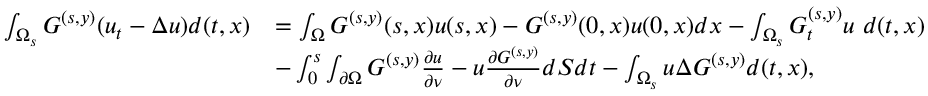
\begin{array} { r l } { \int _ { \Omega _ { s } } G ^ { ( s , y ) } ( u _ { t } - \Delta u ) d ( t , x ) } & { = \int _ { \Omega } G ^ { ( s , y ) } ( s , x ) u ( s , x ) - G ^ { ( s , y ) } ( 0 , x ) u ( 0 , x ) d x - \int _ { \Omega _ { s } } G _ { t } ^ { ( s , y ) } u \ d ( t , x ) } \\ & { - \int _ { 0 } ^ { s } \int _ { \partial \Omega } G ^ { ( s , y ) } \frac { \partial u } { \partial \nu } - u \frac { \partial G ^ { ( s , y ) } } { \partial \nu } d S d t - \int _ { \Omega _ { s } } u \Delta G ^ { ( s , y ) } d ( t , x ) , } \end{array}